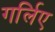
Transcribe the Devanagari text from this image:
गर्लिए